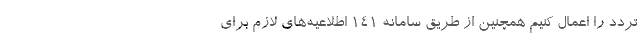
تردد را اعمال کنیم همچنین از طریق سامانه ۱۴۱ اطلاعیه‌های لازم برای